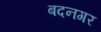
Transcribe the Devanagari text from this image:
बदनगर